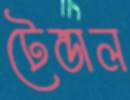
টেন্ডাল